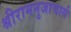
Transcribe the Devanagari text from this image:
श्रीरामनुजाचार्य